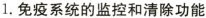
1. 免疫系统的监控和清除功能